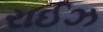
રાઈઝ